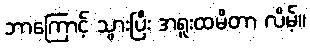
ဘာကြောင့် သွားပြီး အရူးထမိတာ လိမ့်။